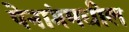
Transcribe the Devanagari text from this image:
पेनांगमधील